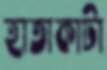
হাতাকাটা